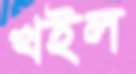
খইল